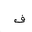
Letter: _fa